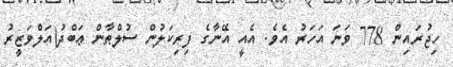
ހިޖުރައިން 778 ވަނަ އަހަރު އެވެ. އެއީ އޭނާގެ ފިރިކަލުން ސުލްޠާން ޢަބްދު(އަލްވަޒީރު